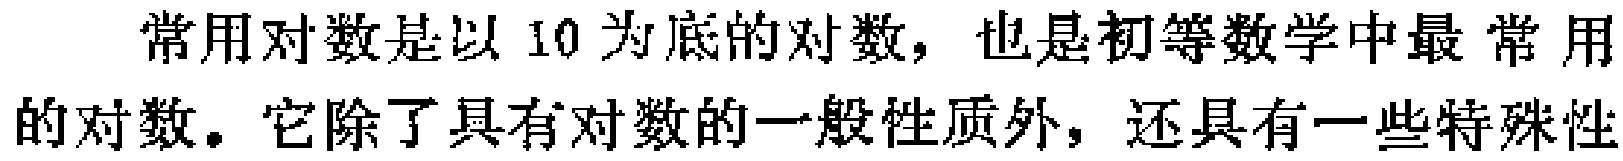
常用对数是以 10 为底的对数，也是初等数学中最常用的对数。它除了具有对数的一般性质外，还具有一些特殊性